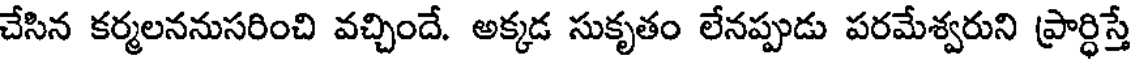
చేసిన కర్మలననుసరించి వచ్చిందే. అక్కడ సుకృతం లేనప్పుడు పరమేశ్వరుని ప్రార్ధిస్తే